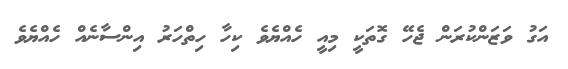
އަގު ވަޒަންކުރަން ޖެހޭ ގޮތަކީ މިއީ ހެއްޔެވެ ކިހާ ހިތްހަރު އިންސާނެއް ހެއްޔެވެ